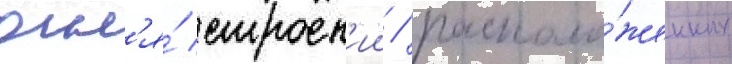
огн'я́ строен'ии / располо́женных